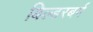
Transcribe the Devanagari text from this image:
बिल्डरबर्ग